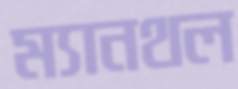
ম্যানথল